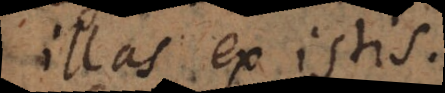
illas ex istis.